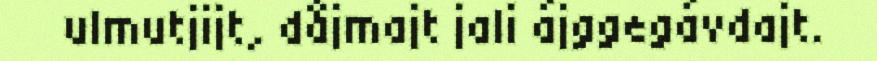
ulmutjijt, dåjmajt jali ájggegávdajt.